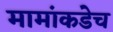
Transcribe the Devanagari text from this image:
मामांकडेच